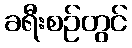
ခရီးစဉ်တွင်